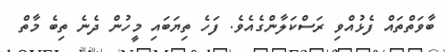
ބާވަތްތައް ފެޅުއްވި ރަސްކަލާންގެއެވެ. ފަހެ ތިޔަބައި މީހުން ދެނެ ތިބެ މާތް